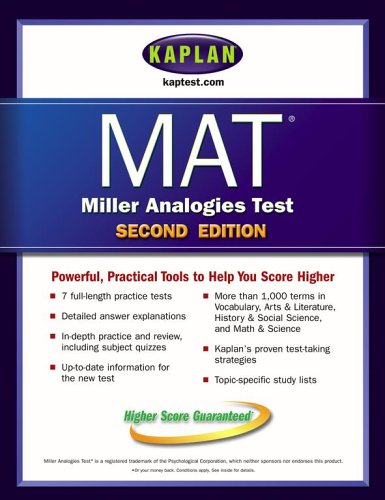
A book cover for Kaplan MAT; Kaplan; Test Preparation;